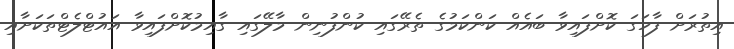
އިތުރަށް ފާހަގަ ކޮށްފައިވާ ބައެއް ކަންކަމުގެ ތެރޭގައި ކުންފުނިން މާލޭގައި ގާއިމުކޮށްފައިވާ އައުޓްލެޓްތަކަށާއި